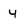
Character: 4